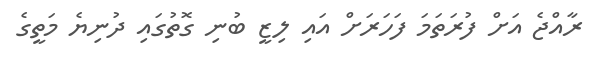
ރާއްޖެ އަށް ފުރަތަމަ ފަހަރަށް އައި ލިޒީ ބުނި ގޮތުގައި ދުނިޔެ މަތީގެ